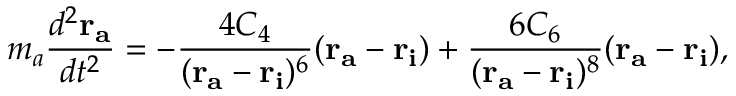
m _ { a } \frac { d ^ { 2 } \mathbf { r _ { a } } } { d t ^ { 2 } } = - \frac { 4 C _ { 4 } } { ( \mathbf { r _ { a } } - \mathbf { r _ { i } } ) ^ { 6 } } ( \mathbf { r _ { a } } - \mathbf { r _ { i } } ) + \frac { 6 C _ { 6 } } { ( \mathbf { r _ { a } } - \mathbf { r _ { i } } ) ^ { 8 } } ( \mathbf { r _ { a } } - \mathbf { r _ { i } } ) ,